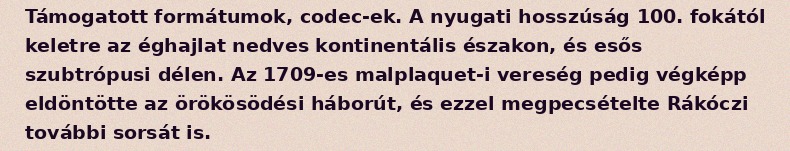
Támogatott formátumok, codec-ek. A nyugati hosszúság 100. fokától keletre az éghajlat nedves kontinentális északon, és esős szubtrópusi délen. Az 1709-es malplaquet-i vereség pedig végképp eldöntötte az örökösödési háborút, és ezzel megpecsételte Rákóczi további sorsát is.